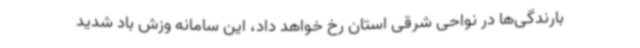
بارندگی‌ها در نواحی شرقی استان رخ خواهد داد، این سامانه وزش باد شدید